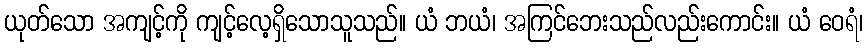
ယုတ်သော အကျင့်ကို ကျင့်လေ့ရှိသောသူသည်။ ယံ ဘယံ၊ အကြင်ဘေးသည်လည်းကောင်း။ ယံ ဝေရံ၊